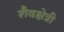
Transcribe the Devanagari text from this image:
शैवक्षेत्री